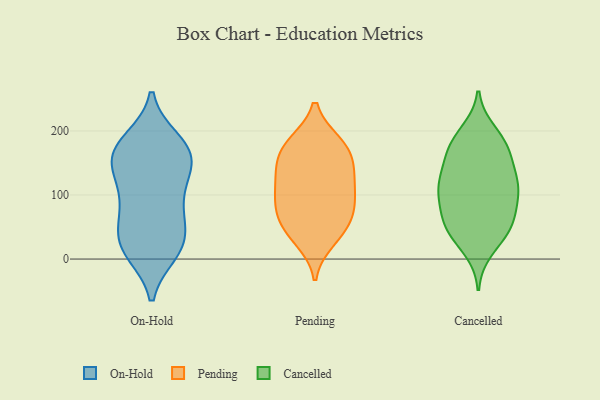
{"axis": {"x": "Revenue (USD Million)", "y": "Value"}, "legend": ["Cancelled", "On-Hold", "Pending"], "data": [{"x": "", "y": 53, "type": "On-Hold"}, {"x": "", "y": 109, "type": "On-Hold"}, {"x": "", "y": 186, "type": "On-Hold"}, {"x": "", "y": 46, "type": "On-Hold"}, {"x": "", "y": 149, "type": "On-Hold"}, {"x": "", "y": 10, "type": "On-Hold"}, {"x": "", "y": 32, "type": "On-Hold"}, {"x": "", "y": 138, "type": "On-Hold"}, {"x": "", "y": 155, "type": "On-Hold"}, {"x": "", "y": 10, "type": "On-Hold"}, {"x": "", "y": 22, "type": "On-Hold"}, {"x": "", "y": 185, "type": "On-Hold"}, {"x": "", "y": 175, "type": "On-Hold"}, {"x": "", "y": 142, "type": "On-Hold"}, {"x": "", "y": 168, "type": "On-Hold"}, {"x": "", "y": 164, "type": "On-Hold"}, {"x": "", "y": 80, "type": "On-Hold"}, {"x": "", "y": 14, "type": "On-Hold"}, {"x": "", "y": 102, "type": "On-Hold"}, {"x": "", "y": 78, "type": "On-Hold"}, {"x": "", "y": 81, "type": "Pending"}, {"x": "", "y": 47, "type": "Pending"}, {"x": "", "y": 132, "type": "Pending"}, {"x": "", "y": 159, "type": "Pending"}, {"x": "", "y": 181, "type": "Pending"}, {"x": "", "y": 38, "type": "Pending"}, {"x": "", "y": 108, "type": "Pending"}, {"x": "", "y": 182, "type": "Pending"}, {"x": "", "y": 64, "type": "Pending"}, {"x": "", "y": 180, "type": "Pending"}, {"x": "", "y": 159, "type": "Pending"}, {"x": "", "y": 95, "type": "Pending"}, {"x": "", "y": 29, "type": "Pending"}, {"x": "", "y": 68, "type": "Pending"}, {"x": "", "y": 130, "type": "Pending"}, {"x": "", "y": 92, "type": "Pending"}, {"x": "", "y": 132, "type": "Pending"}, {"x": "", "y": 188, "type": "Cancelled"}, {"x": "", "y": 51, "type": "Cancelled"}, {"x": "", "y": 74, "type": "Cancelled"}, {"x": "", "y": 108, "type": "Cancelled"}, {"x": "", "y": 51, "type": "Cancelled"}, {"x": "", "y": 120, "type": "Cancelled"}, {"x": "", "y": 169, "type": "Cancelled"}, {"x": "", "y": 104, "type": "Cancelled"}, {"x": "", "y": 43, "type": "Cancelled"}, {"x": "", "y": 15, "type": "Cancelled"}, {"x": "", "y": 168, "type": "Cancelled"}, {"x": "", "y": 125, "type": "Cancelled"}, {"x": "", "y": 198, "type": "Cancelled"}, {"x": "", "y": 63, "type": "Cancelled"}, {"x": "", "y": 155, "type": "Cancelled"}, {"x": "", "y": 112, "type": "Cancelled"}, {"x": "", "y": 176, "type": "Cancelled"}, {"x": "", "y": 42, "type": "Cancelled"}, {"x": "", "y": 93, "type": "Cancelled"}, {"x": "", "y": 122, "type": "Cancelled"}]}